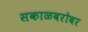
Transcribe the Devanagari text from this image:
सकाळबरोबर